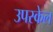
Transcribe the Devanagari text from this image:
उपस्केल